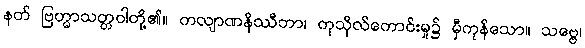
နတ် ဗြဟ္မာသတ္တဝါတို့၏။ ကလျာဏနိဿီဘာ၊ ကုသိုလ်ကောင်းမှု၌ မှီကုန်သော။ သဗ္ဗေ၊